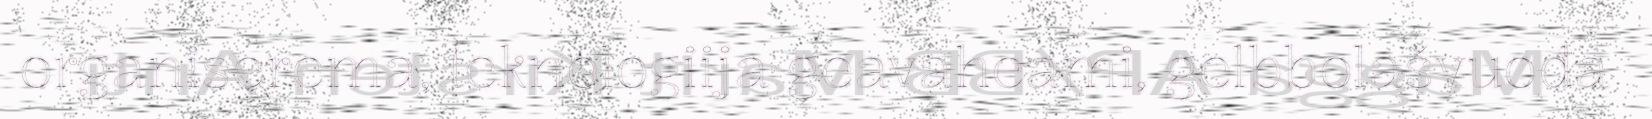
organiserema, teknologiija geavaheami, gelbbolašvuođa